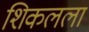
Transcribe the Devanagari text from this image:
शिकलला